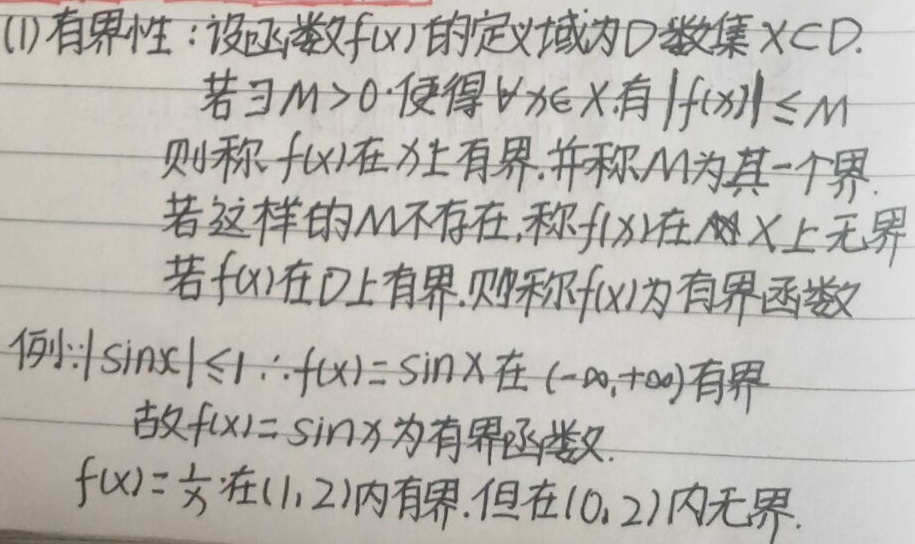
(1) 有界性：设函数\(f(x)\)的定义域为\(D\)，数集\(X\subset D\)。若\(\exists M > 0\)，使得\(\forall x\in X\)有\(|f(x)|\leq M\)，则称\(f(x)\)在\(X\)上有界，并称\(M\)为其一个界。若这样的\(M\)不存在，称\(f(x)\)在\(X\)上无界。若\(f(x)\)在\(D\)上有界，则称\(f(x)\)为有界函数。

例：\(|\sin x|\leq1\)，\(\therefore f(x)=\sin x\)在\((-\infty,+\infty)\)有界，故\(f(x)=\sin x\)为有界函数。\(f(x)=\frac{1}{x}\)在\((1,2)\)内有界，但在\((0,2)\)内无界。